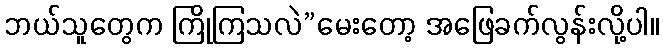
ဘယ်သူတွေက ကြိုကြသလဲ”မေးတော့ အဖြေခက်လွန်းလို့ပါ။